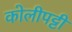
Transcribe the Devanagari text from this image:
कोलीपट्टी